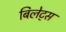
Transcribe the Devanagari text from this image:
बिलेट्स